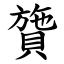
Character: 䞄